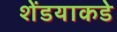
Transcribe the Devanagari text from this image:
शेंडयाकडे